Civil Veterinary Department. Madras. Admin. report 1926-33 - 1926-1933
Year: 1926
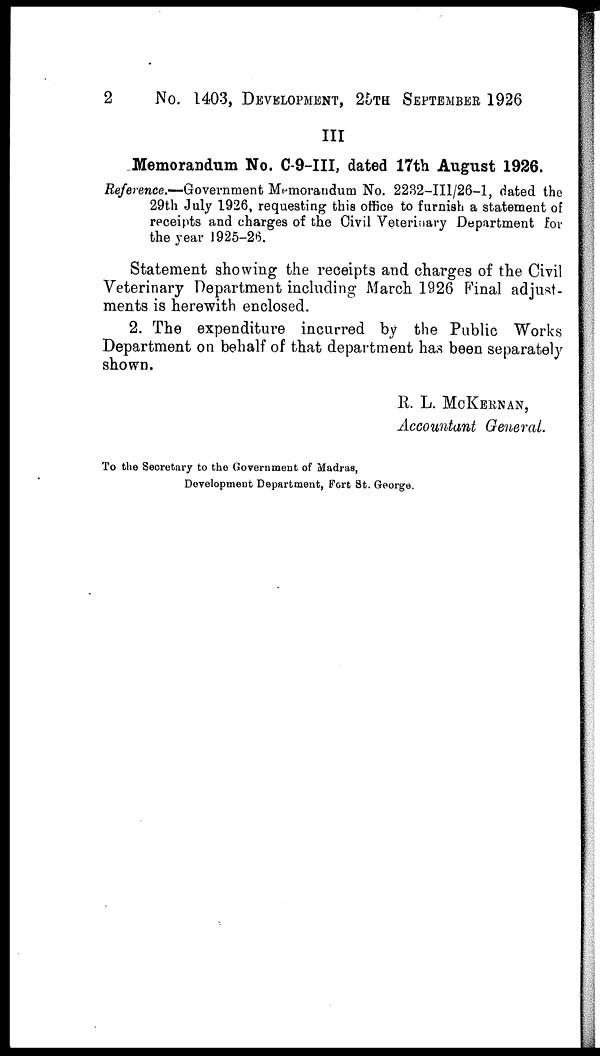
2
No. 1403, DEVELOPMENT, 26TH SEPTEMBER 1926
III
Memorandum No. C-9-III, dated 17th August 1926.
Reference.—Government Memorandum No. 2232-III/26-1, dated the
29th July 1926, requesting this office to furnish a statement of
receipts and charges of the Civil Veterinary Department for
the year 1925-26.
Statement showing the receipts and charges of the Civil
Veterinary Department including March 1926 Final adjust-
ments is herewith enclosed.
2. The expenditure incurred by the Public Works
Department on behalf of that department has been separately
shown.
R. L. MCKERNAN,
Accountant General.
To the Secretary to the Government of Madras,
Development Department, Fort St. George.